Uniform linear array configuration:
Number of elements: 8
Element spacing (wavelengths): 0.75
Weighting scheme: hamming
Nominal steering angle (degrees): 15
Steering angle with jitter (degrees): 13.703
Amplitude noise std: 0.05
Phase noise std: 0.05

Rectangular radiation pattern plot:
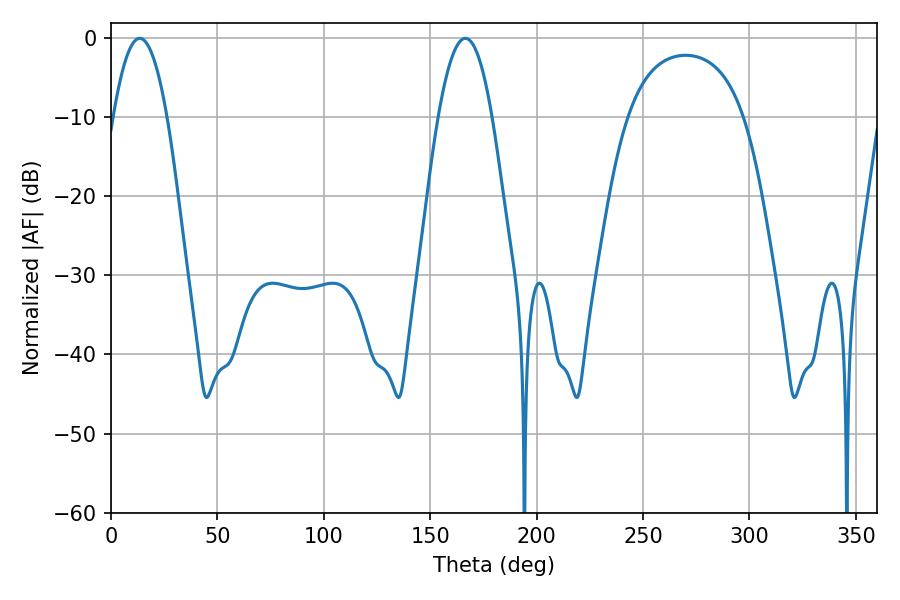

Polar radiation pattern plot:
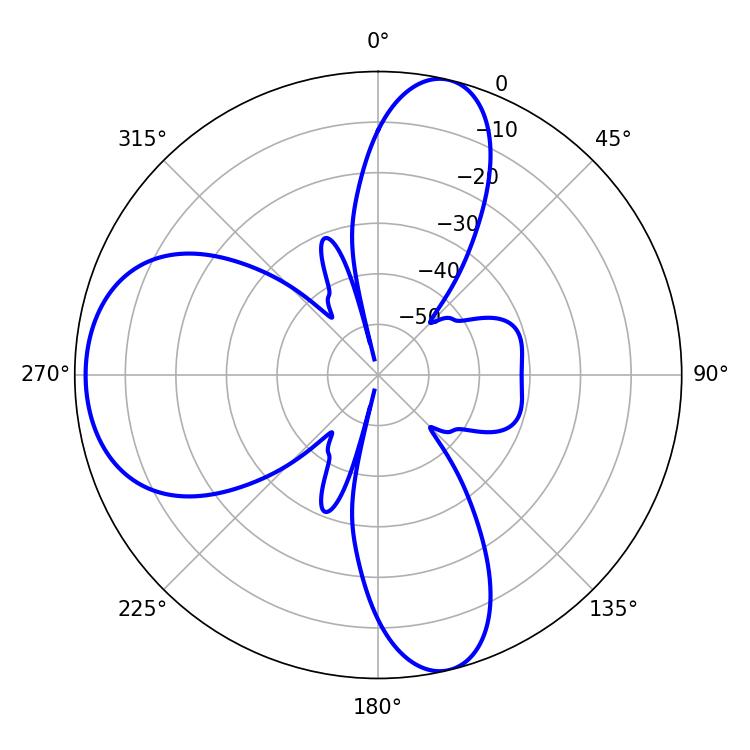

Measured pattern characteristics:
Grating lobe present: TRUE
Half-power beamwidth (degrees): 13.86
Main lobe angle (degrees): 13.5